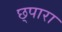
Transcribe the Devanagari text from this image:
छ्पारा